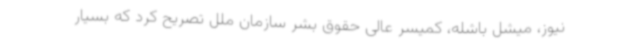
نیوز، میشل باشله،‌ کمیسر عالی حقوق بشر سازمان ملل تصریح کرد که بسیار